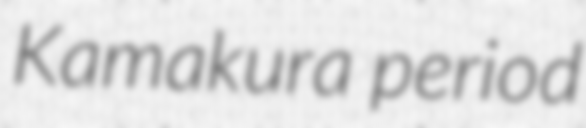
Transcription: Kamakura period